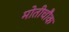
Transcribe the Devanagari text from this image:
मोतीचौक